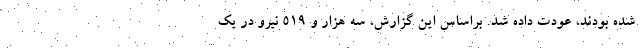
شده بودند، عودت داده شد. براساس این گزارش، سه هزار و ۵۱۹ نیرو در یک